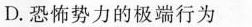
D.恐怖势力的极端行为